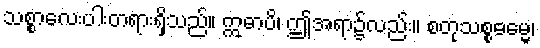
သစ္စာလေးပါးတရားရှိသည်။ ဣဓာပိ၊ ဤအရာ၌လည်း။ စတုသစ္စဓမ္မေ၊